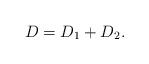
LaTeX: \begin{align*}D=D_1+D_2.\end{align*}